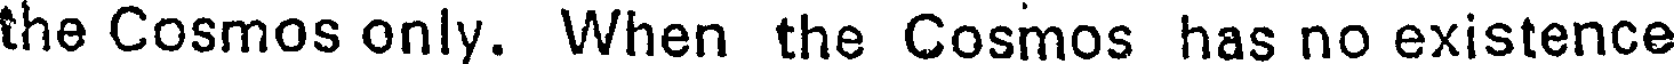
the Cosmos only. When the Cosmos has no existence